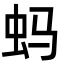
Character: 蚂